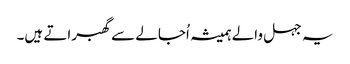
یہ جہل والے ہمیشہ اُجالے سے گھبراتے ہیں۔